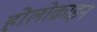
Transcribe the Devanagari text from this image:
होलोक्राइन